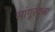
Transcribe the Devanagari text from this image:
सांगुरक्रुबा